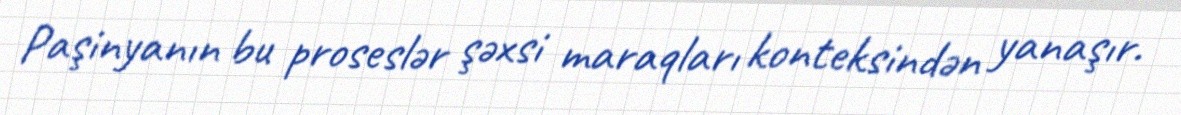
Paşinyanın bu proseslər şəxsi maraqları konteksindən yanaşır.